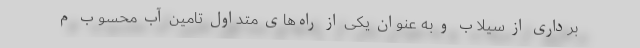
برداری از سیلاب و به عنوان یکی از راه‌های متداول تامین آب محسوب م